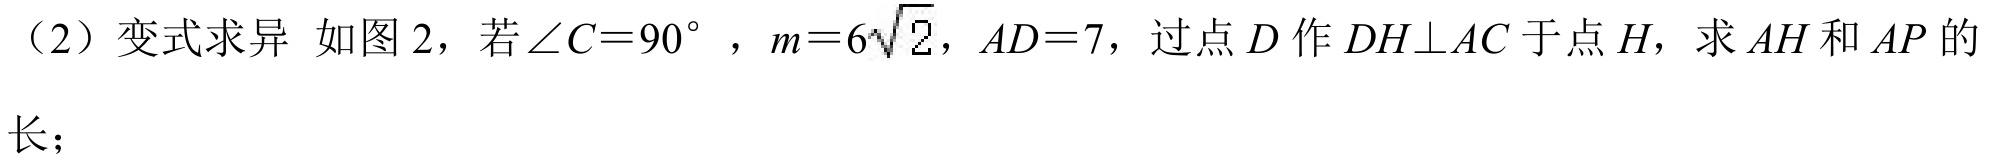
（2）变式求异 如图 2，若\(\angle C = 90^{\circ}\)，\(m = 6\sqrt{2}\)，\(AD = 7\)，过点\(D\)作\(DH\perp AC\)于点\(H\)，求\(AH\)和\(AP\)的长；